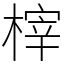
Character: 榟